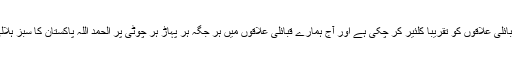
پاکستانی فوج اپنے قبائلی علاقوں کو تقریباً کلئیر کر چکی ہے اور آج ہمارے قبائلی علاقوں میں ہر جگہ ہر پہاڑ ہر چوٹی پر الحمد اللہ پاکستان کا سبز ہلالی پرچم لہرا رہا ہے۔